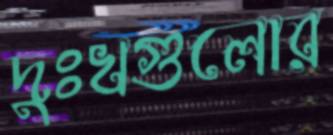
দুঃখগুলোর